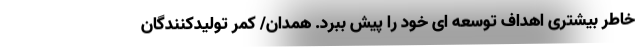
خاطر بیشتری اهداف توسعه ای خود را پیش ببرد. همدان/ کمر تولیدکنندگان